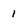
Character: 1